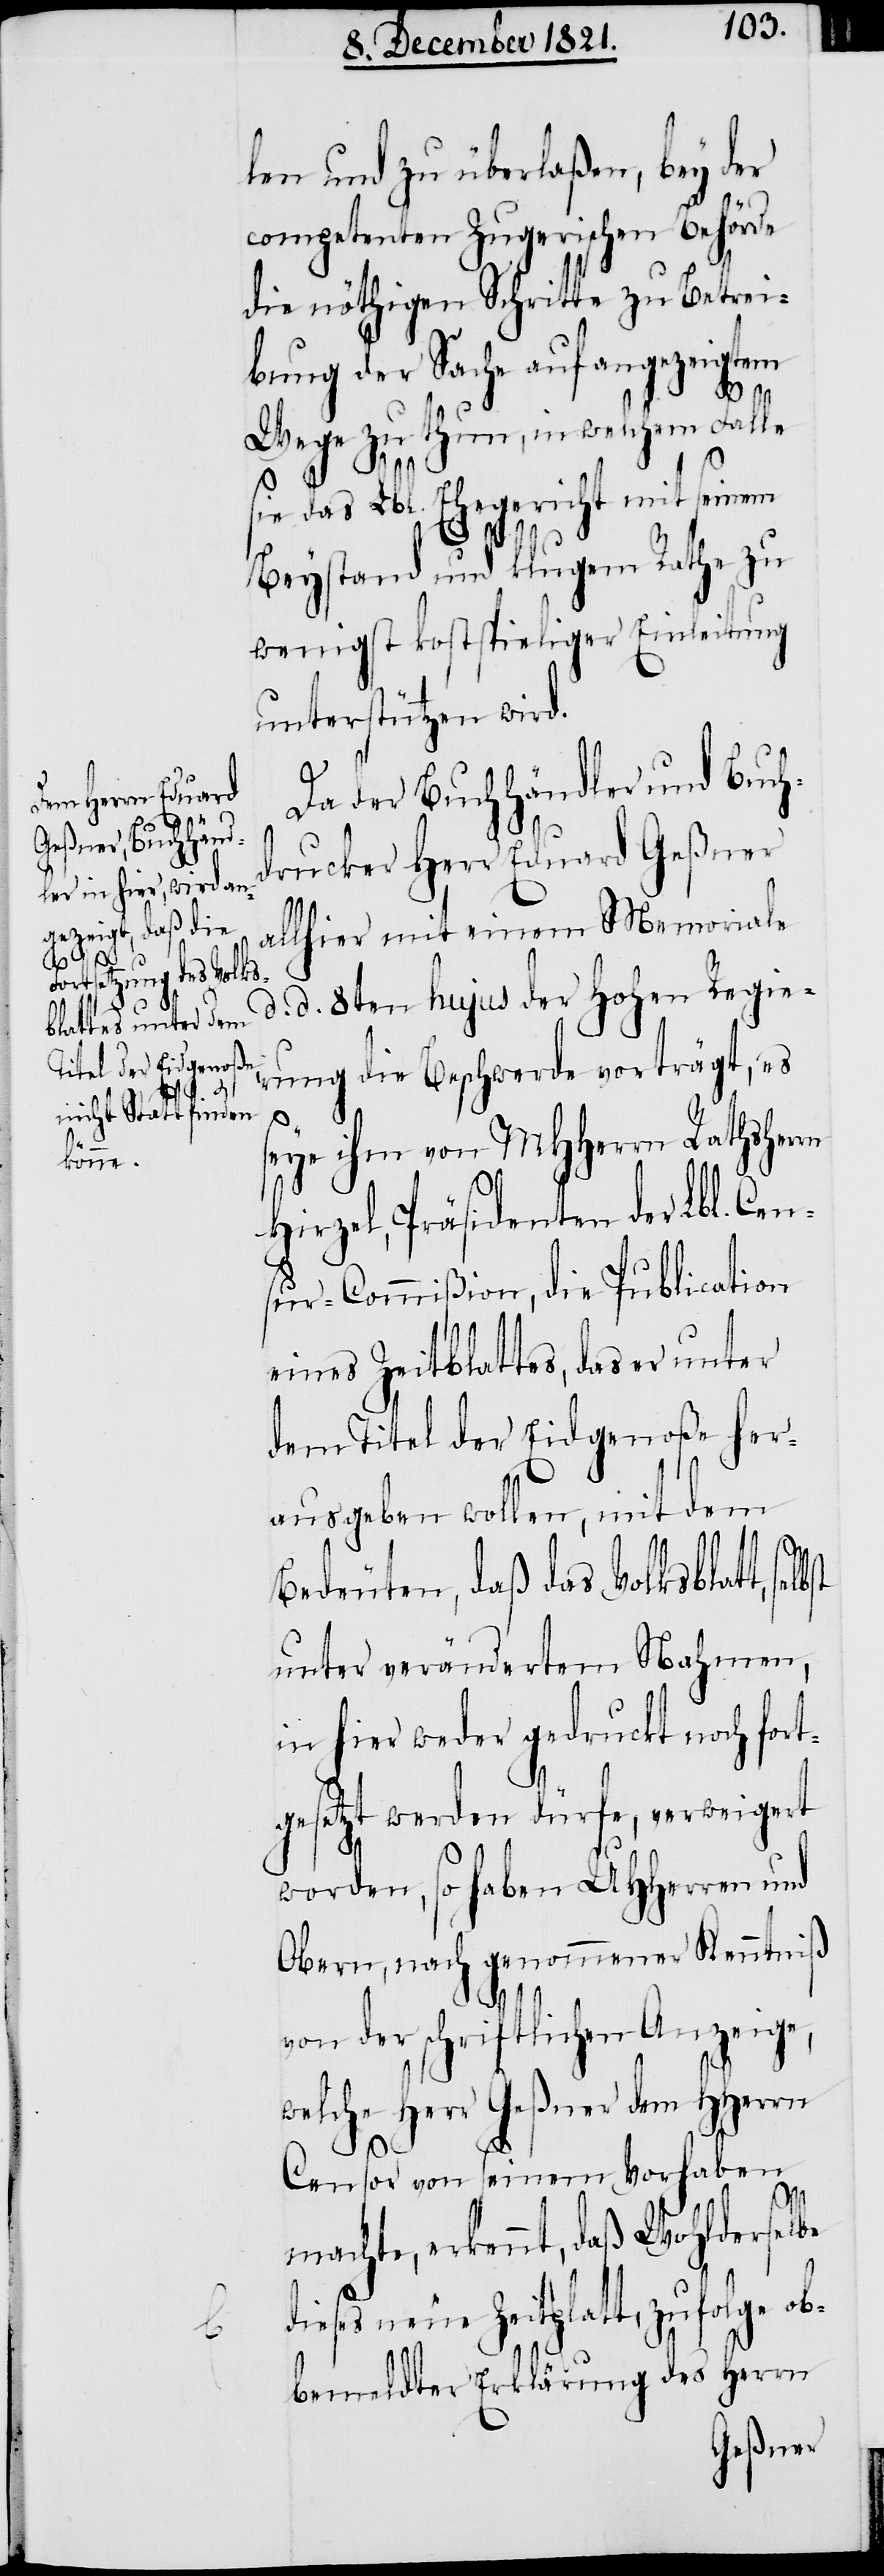
len und zu überlaßen, bey der
competenten Zugerischen Behörde
die nöthigen Schritte zu Betrei¬
bung der Sache auf angezeigtem
Wege zu thun, in welchem Falle
sie das Lbl. Ehegericht mit seinem
Beystand und klugem Rathe zu
wenigst kostspieliger Einleitung
unterstützen wird.
Da der Buchhändler und Buch¬
drucker Herr Eduard Geßner
allhier mit einem Memoriale
d. d. 8ten hujus der Hohen Regie¬
rung die Beschwerde vorträgt, es
seye ihm von MHHerrn Rathsherrn
Hirzel, Präsidenten der Lbl. Cen¬
sur-Commißion, die Publication
eines Zeitblattes, das er unter
dem Titel der Eidgenoße her¬
ausgeben wollen, mit dem
Bedeuten, daß das Volksblatt,
unter verändertem Nahmen,
in hier weder gedruckt noch fort¬
gesetzt werden dürfe, verweigert
worden, so haben UHHerren und
Obern, nach genommener Kenntniß
von der schriftlichen Anzeige,
welche Herr Geßner dem HHerrn
Censor von seinem Vorhaben
machte, erkennt, daß Wohlderselbe
dieses neue Zeitplatt, zufolge ob¬
bemeldter Erklärung des Herrn